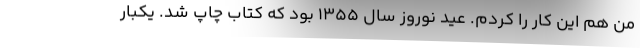
من هم این کار را کردم. عید نوروز سال 1355 بود که کتاب چاپ شد. یکبار